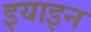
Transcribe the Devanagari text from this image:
इयाइन